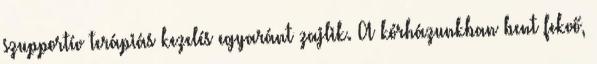
szupportív terápiás kezelés egyaránt zajlik. A kórházunkban bent fekvő,